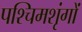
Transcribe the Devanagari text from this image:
पश्चिमशृंगों